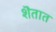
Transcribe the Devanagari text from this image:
शॆतात